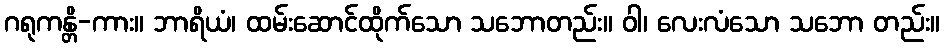
ဂရုကန္တိ-ကား။ ဘာရိယံ၊ ထမ်းဆောင်ထိုက်သော သဘောတည်း။ ဝါ၊ လေးလံသော သဘော တည်း။